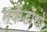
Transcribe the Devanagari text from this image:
मर्केडोथो